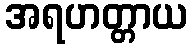
အရဟတ္တာယ